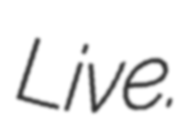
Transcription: Live.